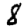
Digit: 8